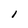
Character: I